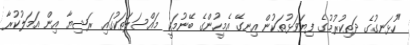
"ހުޅަނގުގެ ދަތިކުރުމުގެ ފިޔަވަޅުތަކުން އިނގޭ އެމީހުންގެ ބޭނުމަކީ މައްސަލަތަކުގައި ރަޝިޔާ އިން އަމަލުކުރާ